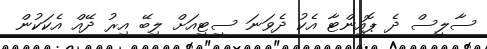
ސާލީސް ދެ ޕޮއިންޓާ އެކު ދެވަނަ ސީޓީއަށް ލިބޭ އިރު ދޭއް އެކަކުން